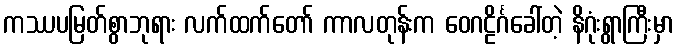
ကဿပမြတ်စွာဘုရား လက်ထက်တော် ကာလတုန်းက ဝေဂဠိင်္ဂခေါ်တဲ့ နိဂုံးရွာကြီးမှာ